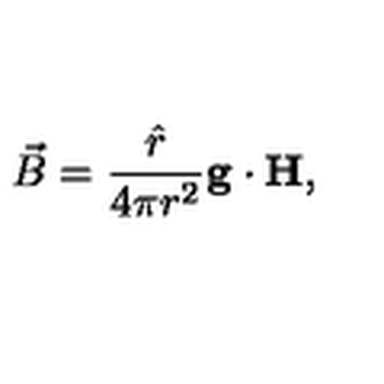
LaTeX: \vec { B } = { \frac { \hat { r } } { 4 \pi r ^ { 2 } } } { \bf g \cdot H } ,